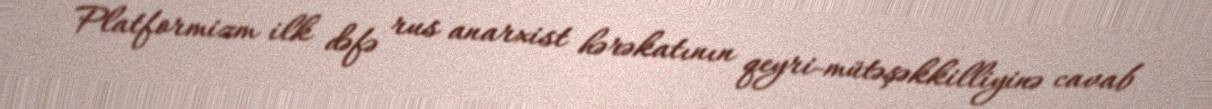
Platformizm ilk dəfə rus anarxist hərəkatının qeyri-mütəşəkkilliyinə cavab